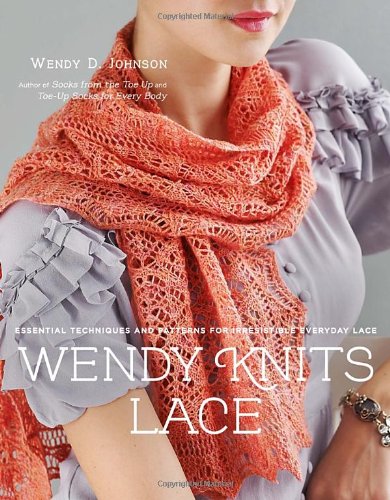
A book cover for Wendy Knits Lace: Essential Techniques and Patterns for Irresistible Everyday Lace; Wendy D. Johnson; Crafts, Hobbies & Home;